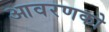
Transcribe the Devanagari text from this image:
आवरणको